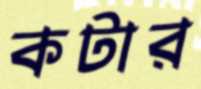
কটার